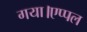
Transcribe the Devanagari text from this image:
गया।एप्पल